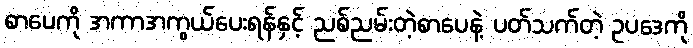
စာပေကို အကာအကွယ်ပေးရန်နှင့် ညစ်ညမ်းတဲ့စာပေနဲ့ ပတ်သက်တဲ့ ဥပဒေကို